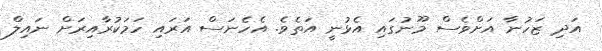
އަދި ޒަހުނާ އަށްވެސް މޫނުގައި އެޅުނީ އަތެވެ. އެހެނަސް އަރައި ހަމަކުރާއިރަށް ނައިލް